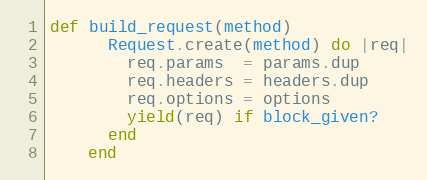
Language: Ruby
def build_request(method)
      Request.create(method) do |req|
        req.params  = params.dup
        req.headers = headers.dup
        req.options = options
        yield(req) if block_given?
      end
    end